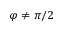
\varphi \ne \pi / 2